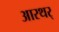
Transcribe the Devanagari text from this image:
आरथर्